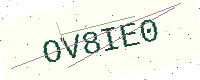
Text: OV8IE0